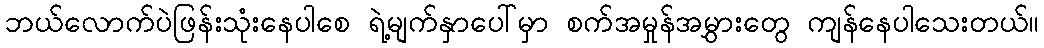
ဘယ်လောက်ပဲဖြန်းသုံးနေပါစေ ရဲ့မျက်နှာပေါ်မှာ စက်အမှုန်အမွှားတွေ ကျန်နေပါသေးတယ်။